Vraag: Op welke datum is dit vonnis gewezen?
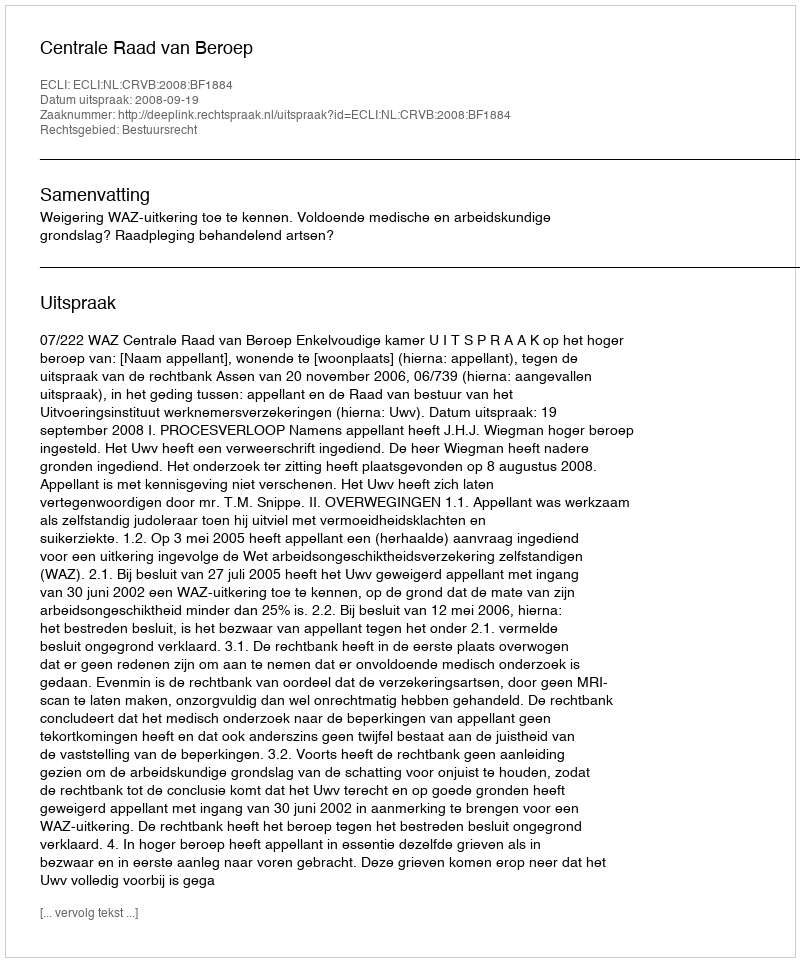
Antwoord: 2008-09-19